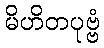
မိဟိတပုဗ္ဗံ